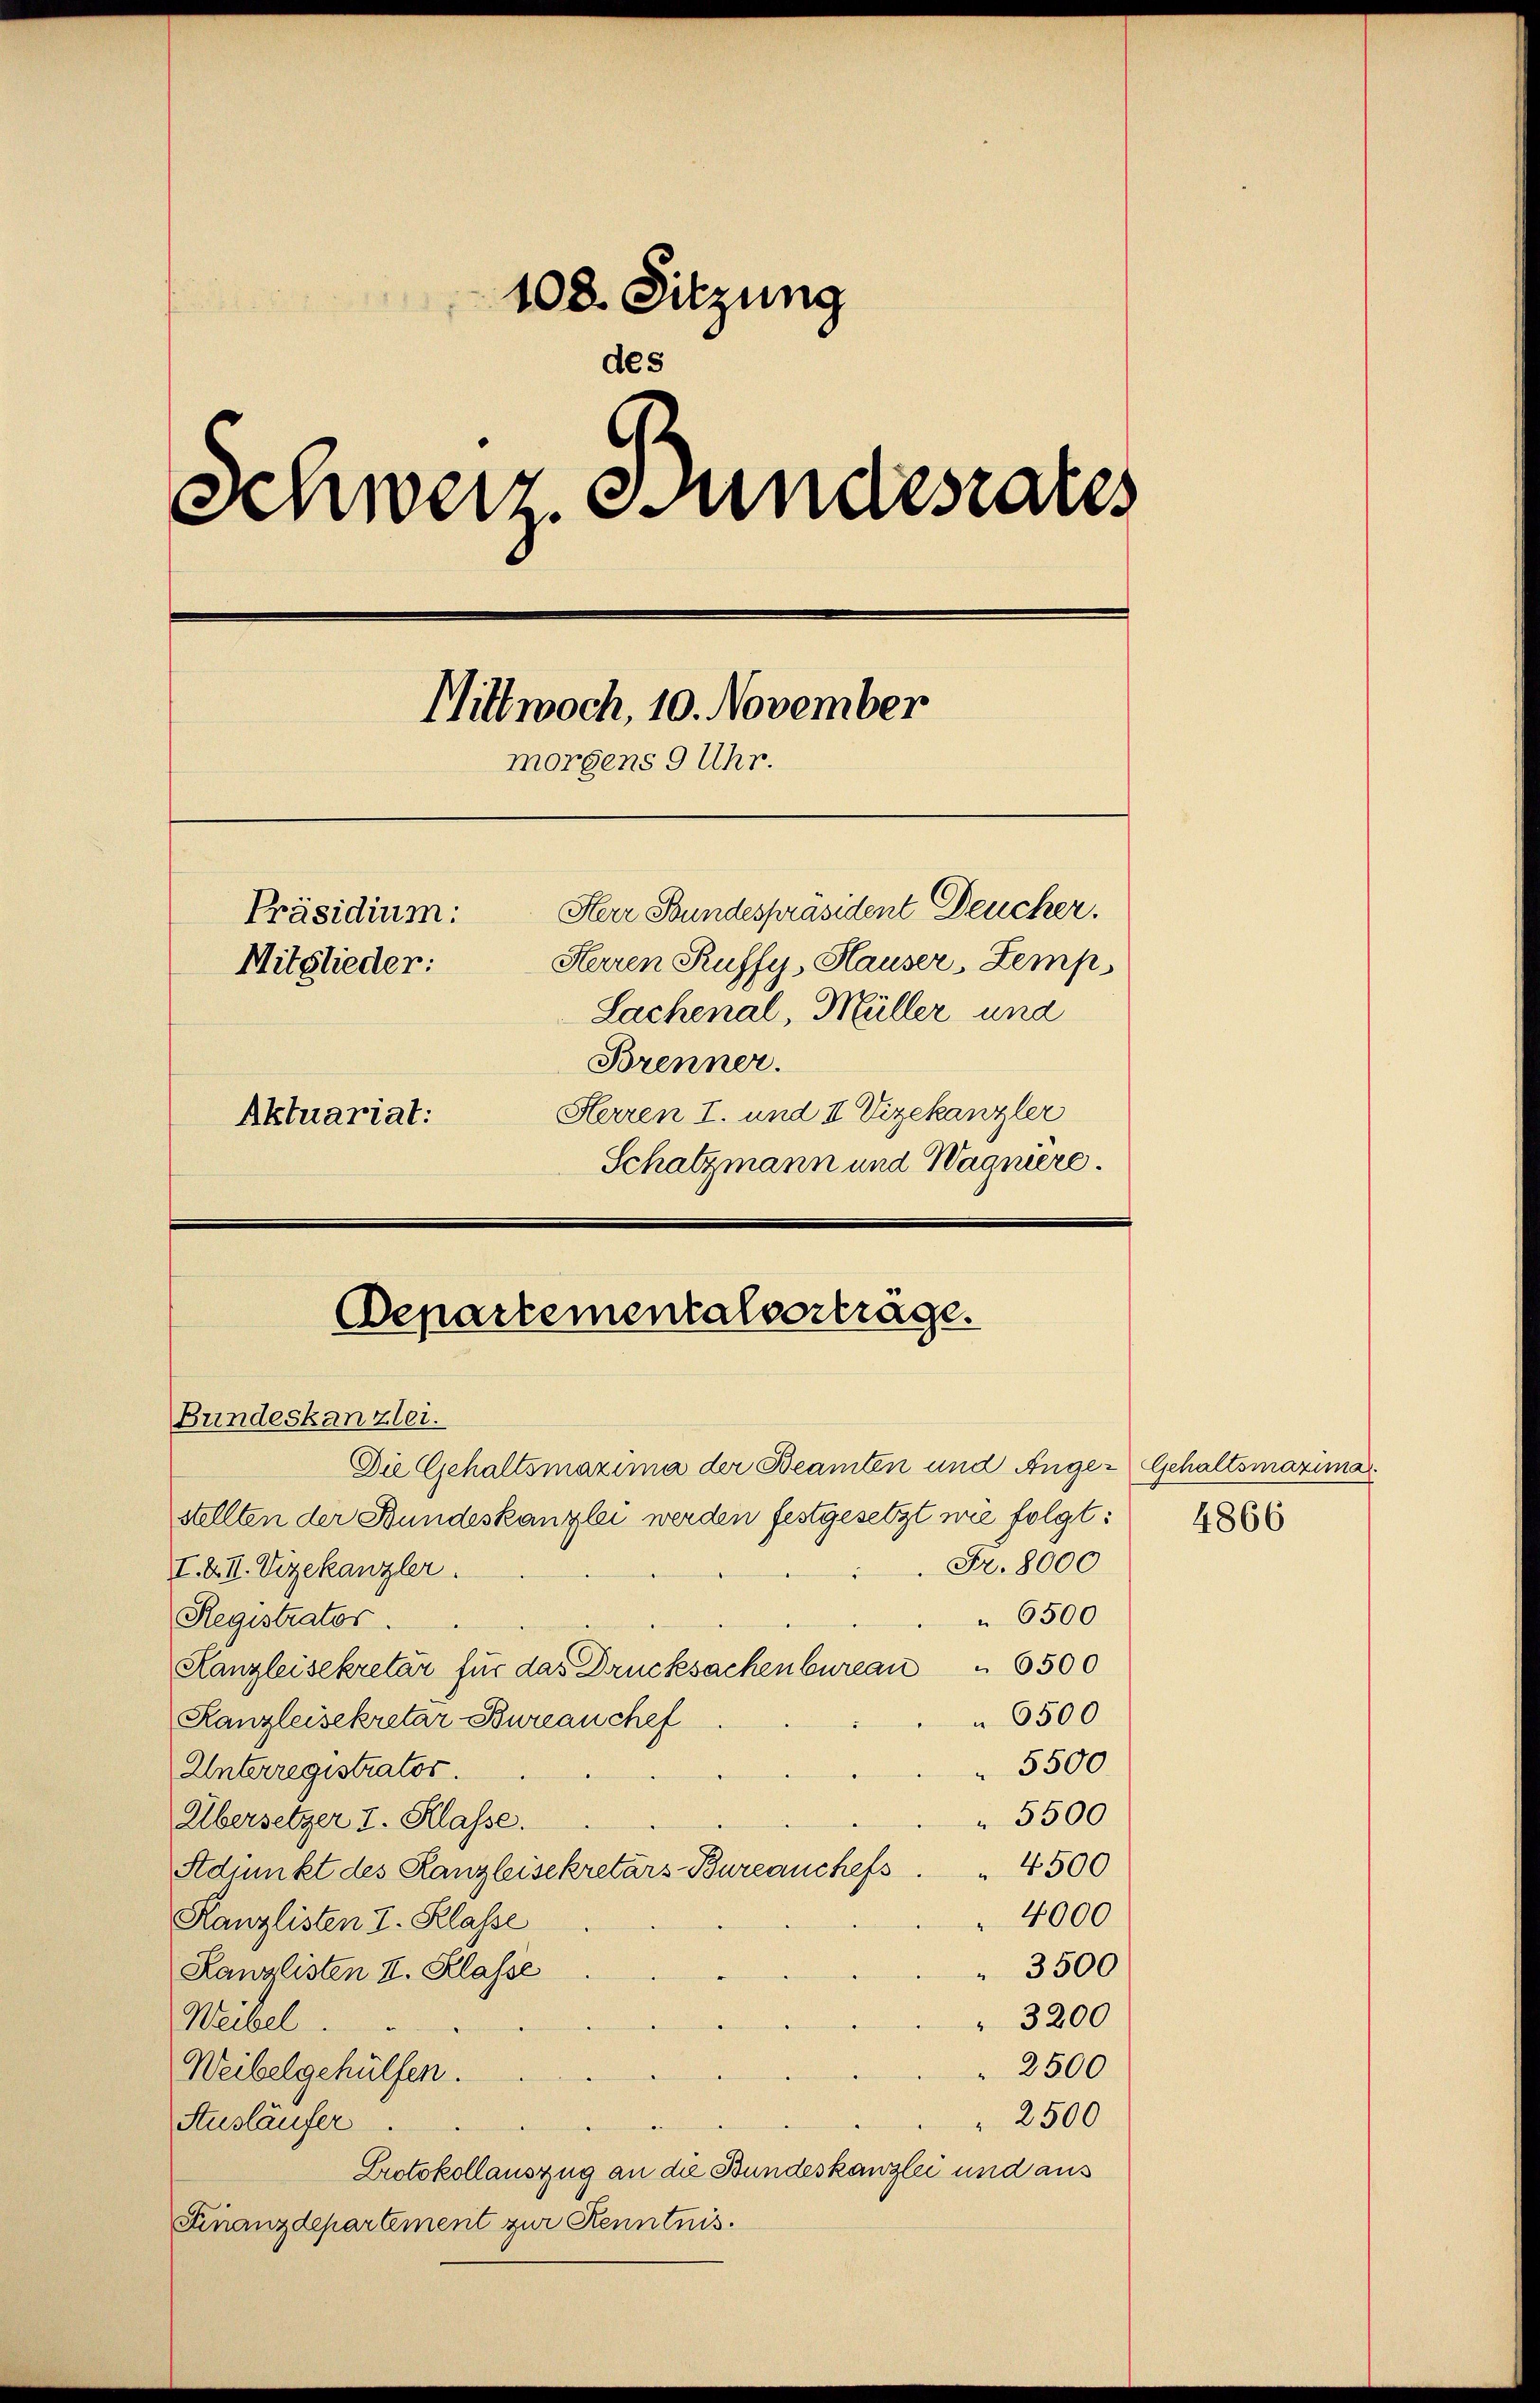
108. Sitzung
des
Schweiz. Bundesrates
Mittwoch, 10. November
morgens 9 Uhr.
Herr Stundespräsident Deucker.
Präsidium:
Herren Ruffy, Hauser, Zemp
Mitglieder:
Lachenal, Müller und
Brenner.
Herren I. und II Vizekanzler
Aktuariat:
Schatzmann und Wagnere.

Departementalverträge.
Bundeskanzlei.
Die Gehaltsmaxima der Beamten und Ange-Gehaltsmaxima

stellten der Bundeskanzlei werden festgesetzt nie folgt:
Fr. 8000
I. XII. Vizekanzler.
 6500
Registrates.
Kanzleisekretär für das Drucksachenbureau " 6500
 6500
Kanzleisekretar Bureau chef
5500
Unterregistrator.
 5500
Übersetzer I. Klasse.
4500
Adjunkt des Kanzleisekretärs-Bureauchefs
4000
Kanzlisten I. Klasse
3500
Kanzlisten I. Klasse
 3200
Weibel.
2500
Weibelgehülfen.
2500
Ausläufer.
Protokollauszug an die Bundeskanzlei und aus
Finanzdepartement zur Kenntnis.

4866